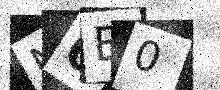
Text: N0B0